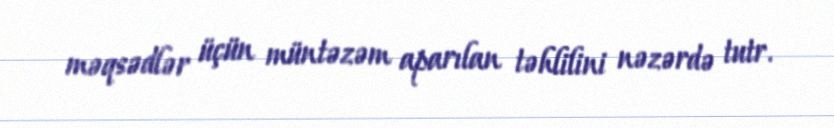
məqsədlər üçün müntəzəm aparılan təhlilini nəzərdə tutr.